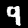
Digit: 9